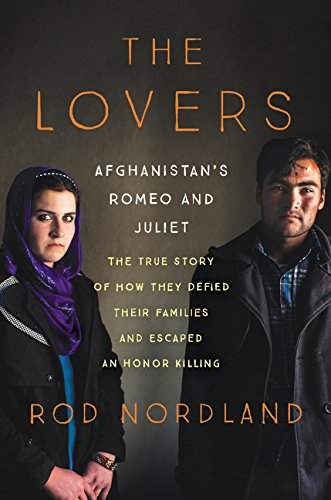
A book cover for The Lovers: Afghanistan's Romeo and Juliet, the True Story of How They Defied Their Families and Escaped an Honor Killing; Rod Nordland; Religion & Spirituality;